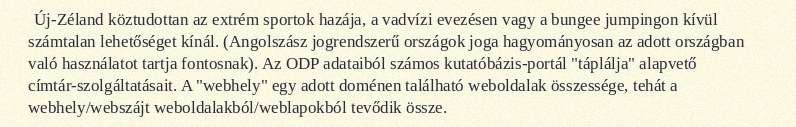
Új-Zéland köztudottan az extrém sportok hazája, a vadvízi evezésen vagy a bungee jumpingon kívül számtalan lehetőséget kínál. (Angolszász jogrendszerű országok joga hagyományosan az adott országban való használatot tartja fontosnak). Az ODP adataiból számos kutatóbázis-portál "táplálja" alapvető címtár-szolgáltatásait. A "webhely" egy adott doménen található weboldalak összessége, tehát a webhely/webszájt weboldalakból/weblapokból tevődik össze.